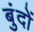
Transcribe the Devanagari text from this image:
बुंदों